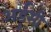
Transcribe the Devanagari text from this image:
अर्डुसी